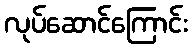
လုပ်ဆောင်ကြောင်း